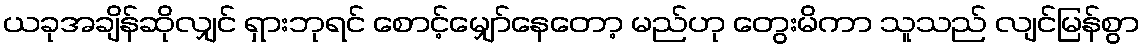
ယခုအချိန်ဆိုလျှင် ရှားဘုရင် စောင့်မျှော်နေတော့ မည်ဟု တွေးမိကာ သူသည် လျင်မြန်စွာ